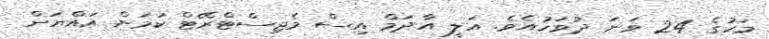
މަހުގެ 24 ވަނަ ދުވަހުއެވެ. އަލީ އާދަމް އިސް މެޖިސްޓްރޭޓް ކަމަށް އައްޔަން